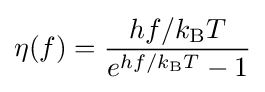
\eta (f)={\frac {hf/k_{\text{B}}T}{e^{hf/k_{\text{B}}T}-1}}